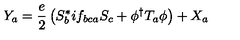
Y _ { a } = \frac { e } { 2 } \left( S _ { b } ^ { * } i f _ { b c a } S _ { c } + \phi ^ { \dagger } T _ { a } \phi \right) + X _ { a }